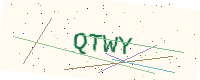
Text: QTWY